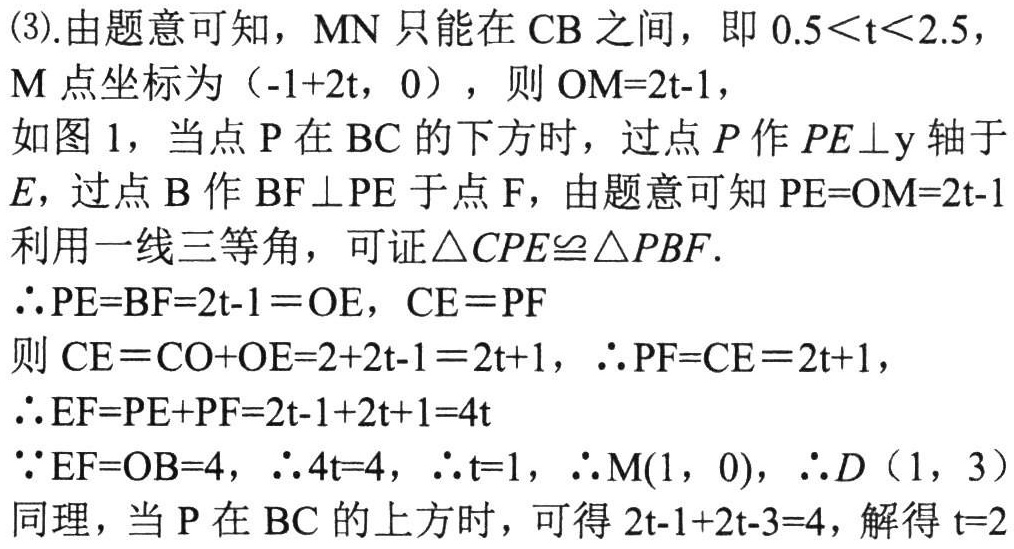
(3).由题意可知，\(MN\)只能在\(CB\)之间，即\(0.5<t<2.5\)，
\(M\)点坐标为\(( - 1 + 2t,0)\)，则\(OM = 2t - 1\)，
如图1，当点\(P\)在\(BC\)的下方时，过点\(P\)作\(PE\perp y\)轴于\(E\)，过点\(B\)作\(BF\perp PE\)于点\(F\)，由题意可知\(PE = OM = 2t - 1\)
利用一线三等角，可证\(\triangle CPE\cong\triangle PBF\).
\(\therefore PE = BF = 2t - 1=OE\)，\(CE = PF\)
则\(CE = CO + OE = 2 + 2t - 1 = 2t + 1\)，\(\therefore PF = CE = 2t + 1\)，
\(\therefore EF = PE + PF = 2t - 1+2t + 1 = 4t\)
\(\because EF = OB = 4\)，\(\therefore 4t = 4\)，\(\therefore t = 1\)，\(\therefore M(1,0)\)，\(\therefore D(1,3)\)
同理，当\(P\)在\(BC\)的上方时，可得\(2t - 1+2t - 3 = 4\)，解得\(t = 2\)